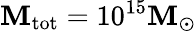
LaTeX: \mathbf{M}_{\mathrm{{tot}}}=10^{15}\mathbf{M}_{\odot}